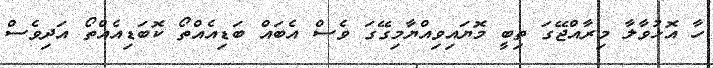
ހާ އޮޅުވާލާ މިރާއްޖޭގަ ތިބީ މޮޔައިވިއްޔާމިގޭގަ ވެސް އެބައް ބަޑިއެއްތޯ ކޮބަޑިއެއްތޯ އަދިވެސް